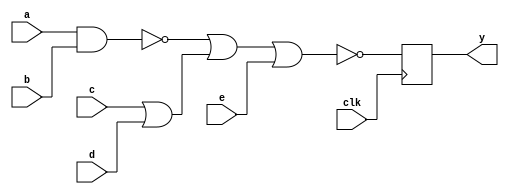
module seq_blk(clk, a, b, c, d, e, y);
    input  clk, a, b, c, d, e;
    output y;
    reg    m, n, y;

    always @(posedge clk) begin
        m = ~(a & b);
        n = c | d;
        y = ~ (m | n | e);
    end
endmodule